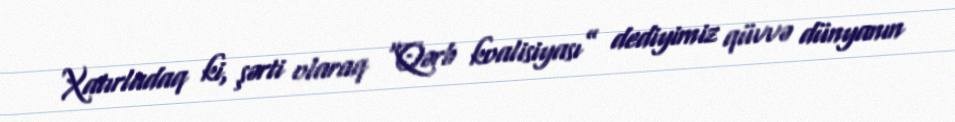
Xatırladaq ki, şərti olaraq “Qərb koalisiyası” dediyimiz qüvvə dünyanın